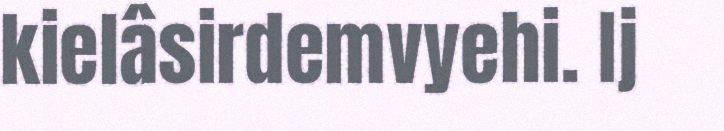
kielâsirdemvyehi. Ij